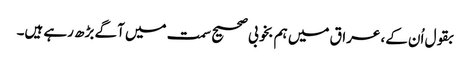
بقول اُن کے، عراق میں ہم بخوبی صحیح سمت میں آگے بڑھ رہے ہیں۔